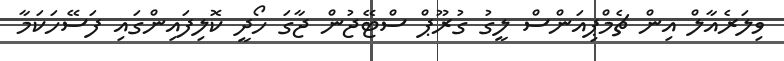
ވިލަރެއާލް އިން ޗެމްޕިއަންސް ލީގު ގުރޫޕް ސްޓޭޖުން ޖާގަ ހޯދީ ކޮލިފައިންގައި ފަސޭހަކަމާ